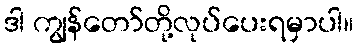
ဒါ ကျွန်တော်တို့လုပ်ပေးရမှာပါ။